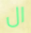
ال